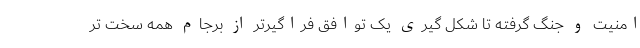
امنیت و جنگ گرفته تا شکل گیری یک توافق فراگیرتر از برجام همه سخت تر